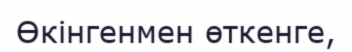
Өкінгенмен өткенге,